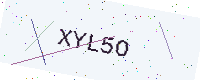
Text: XYL5O